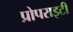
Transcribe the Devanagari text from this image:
प्रोपराइटी